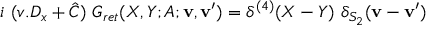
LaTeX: i \ ( v . D _ { x } + \hat { C } ) \ G _ { r e t } ( X , Y ; A ; { \mathbf v } , { \mathbf v ^ { \prime } } ) = \delta ^ { ( 4 ) } ( X - Y ) \ \delta _ { S _ { 2 } } ( { \mathbf v } - { \mathbf v ^ { \prime } } )